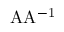
\mathrm { \ A A ^ { - 1 } }